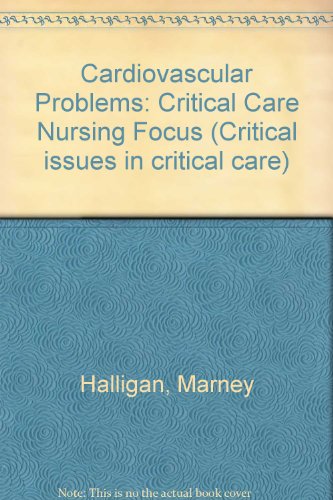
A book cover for Cardiovascular problems: A critical-care nursing focus; Mary Jackle; Medical Books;